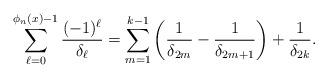
LaTeX: \begin{align*}\sum_{\ell=0}^{\phi_n(x)-1} \dfrac{(-1)^{\ell}}{\delta_{\ell}} &= \sum_{m=1}^{k-1} \left(\dfrac{1}{\delta_{2m}} - \dfrac{1}{\delta_{2m+1}}\right) + \dfrac{1}{\delta_{2k}}.\end{align*}